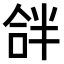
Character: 𠵵